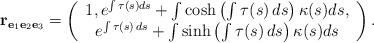
LaTeX: \begin{align*}\mathbf{r}_{\mathbf{e}_{1}\mathbf{e}_{2}\mathbf{e}_{3}}=\left(\begin{array}{c}1,e^{\int \tau (s)ds}+\int \cosh \left( \int \tau (s)\,ds\right) \kappa(s)ds, \\e^{\int \tau (s)\,ds}+\int \sinh \left( \int \tau (s)\,ds\right) \kappa (s)ds\end{array}\right).\end{align*}